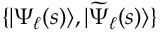
\{ | \Psi _ { \ell } ( s ) \rangle , | \widetilde { \Psi } _ { \ell } ( s ) \rangle \}